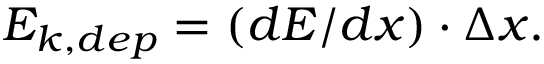
E _ { k , d e p } = ( d E / d x ) \cdot \Delta x .